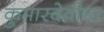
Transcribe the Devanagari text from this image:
कुमारदेवीचा